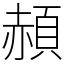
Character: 頳